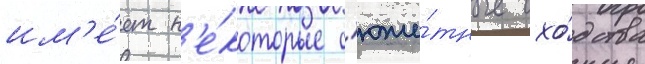
им'е́ет н'е́которые с'юже́тные схо́дства